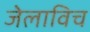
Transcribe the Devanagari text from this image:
जेलाविच